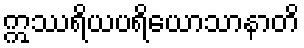
ဣဿရိယပရိယောသာနာတိ